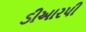
ડીઆરપી